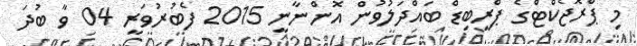
މި ޕްރޮޖެކްޓްގެ ޕްރީބިޑް ބައްދަލުވުން އޮންނާނީ 2015 ފެބުރުވަރީ 04 ވާ ބުދަ